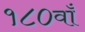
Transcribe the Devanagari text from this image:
१८०वाँ